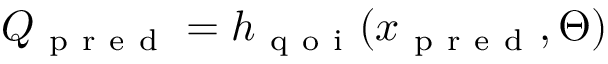
Q _ { \mathrm { ~ p ~ r ~ e ~ d ~ } } = h _ { \mathrm { ~ q ~ o ~ i ~ } } ( x _ { \mathrm { ~ p ~ r ~ e ~ d ~ } } , \Theta )